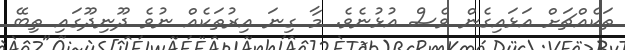
ތަކެއްޗަށް އަޅައިގެން ވެސް އުޅުނެވެ. މާ ގިނަ އިރުތަކެއް ނުވެ ދޫނިދޫގައި ތިބޭ